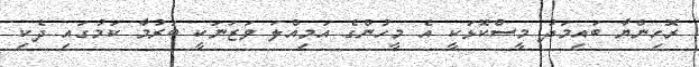
ރޮހިންޔާ ބައިމަދު މީސްކޮޅަކީ އެ މީހުންގެ އަމިއްލަ ވަޒަނަކީ ބަރުމާ ކަމުގައި ދެކި